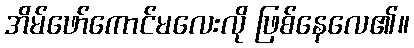
အိမ်ဖော်ကောင်မလေးလို ဖြစ်နေလေ၏။